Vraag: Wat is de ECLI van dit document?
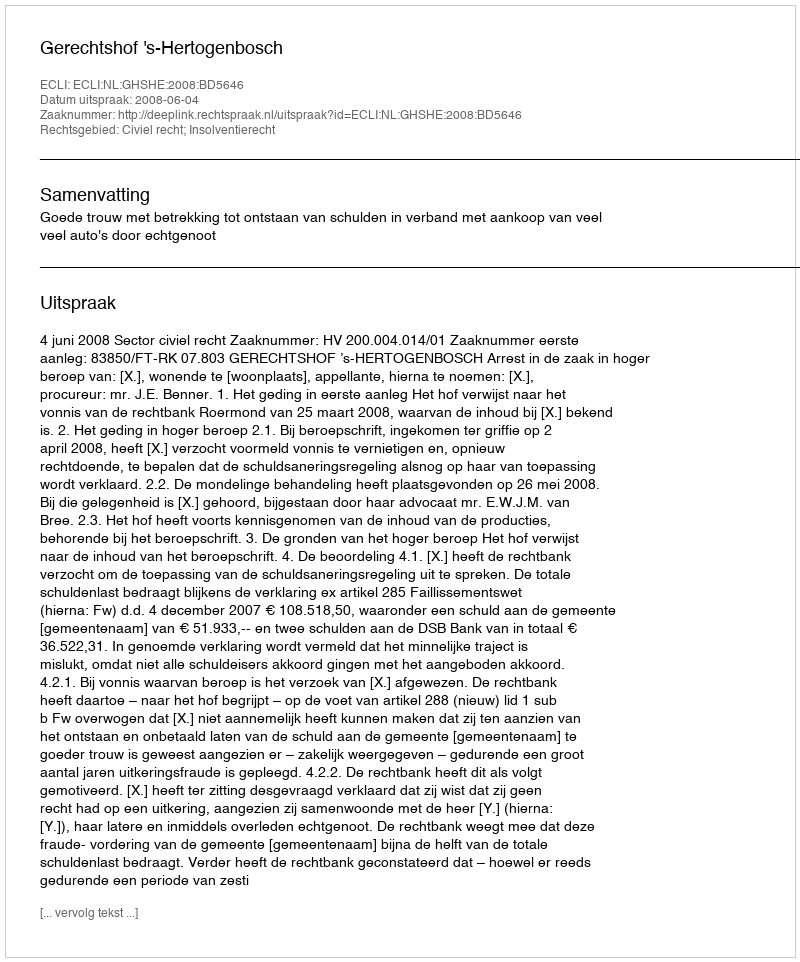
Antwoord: ECLI:NL:GHSHE:2008:BD5646